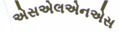
એસએલએનએસ